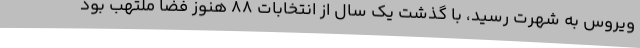
ویروس به شهرت رسید، با گذشت یک سال از انتخابات 88 هنوز فضا ملتهب بود